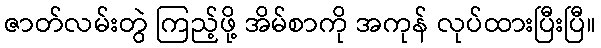
ဇာတ်လမ်းတွဲ ကြည့်ဖို့ အိမ်စာကို အကုန် လုပ်ထားပြီးပြီ။